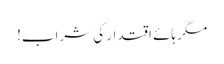
مگر ہائے اقتدار کی شراب!